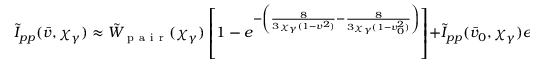
\tilde { I } _ { p p } ( \bar { v } , \chi _ { \gamma } ) \approx \tilde { W } _ { \mathrm { ~ p ~ a ~ i ~ r ~ } } ( \chi _ { \gamma } ) \left[ 1 - e ^ { - \left( \frac { 8 } { 3 \chi _ { \gamma } ( 1 - v ^ { 2 } ) } - \frac { 8 } { 3 \chi _ { \gamma } ( 1 - v _ { 0 } ^ { 2 } ) } \right) } \right] + \tilde { I } _ { p p } ( \bar { v } _ { 0 } , \chi _ { \gamma } ) e ^ { - \left( \frac { 8 } { 3 \chi _ { \gamma } ( 1 - v ^ { 2 } ) } - \frac { 8 } { 3 \chi _ { \gamma } ( 1 - v _ { 0 } ^ { 2 } ) } \right) } .